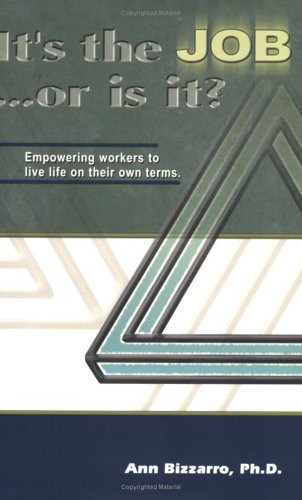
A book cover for It's the JOB...or is it?; Ann Bizzarro; Business & Money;